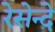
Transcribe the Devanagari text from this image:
रेसेन्दे